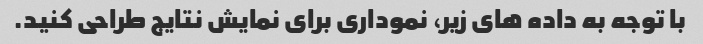
با توجه به داده های زیر، نموداری برای نمایش نتایج طراحی کنید.